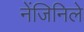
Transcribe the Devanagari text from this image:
नेंजिनिले